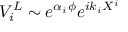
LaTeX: V _ { i } ^ { L } \sim e ^ { \alpha _ { i } \phi } e ^ { i k _ { i } X ^ { i } }